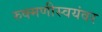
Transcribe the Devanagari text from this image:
रुक्मणीस्वयंवर